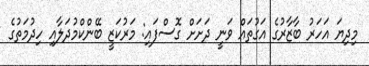
މިދިޔަ އަހަރު ބާޒާރުގެ އަގުތައް ވަނީ ދަށަށް ގޮސްފައި: މަރުކަޒީ ބޭންކްމުދަލާއި ހިދުމަތުގެ